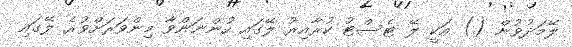
ލޭމަދުވުން () އަކީ ލޭ ޓެސްޓު ކުރާއިރު ލޭގައި ހުންނަންވާ މިންވަރަށްވުރެ ލޭގައި